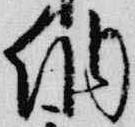
納